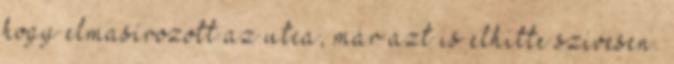
hogy elmasírozott az utca, már azt is elhitte szívesen.